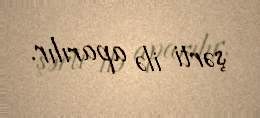
şərti ilə aparılır.